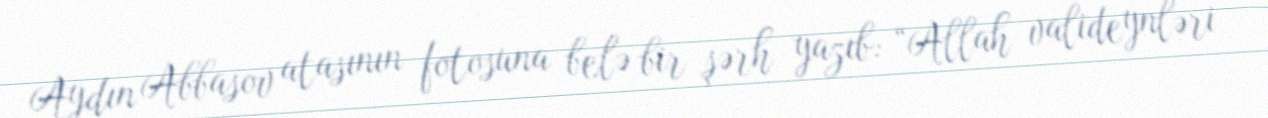
Aydın Abbasov atasının fotosuna belə bir şərh yazıb: “Allah valideynləri